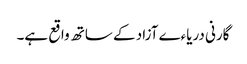
گارنی دریاءے آزاد کے ساتھ واقع ہے۔